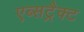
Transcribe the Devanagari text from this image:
एब्सट्रैक्ट